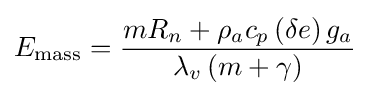
E_{\mathrm {mass} }={\frac {mR_{n}+\rho _{a}c_{p}\left(\delta e\right)g_{a}}{\lambda _{v}\left(m+\gamma \right)}}